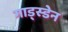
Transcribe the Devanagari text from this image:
गाड्स्डेन